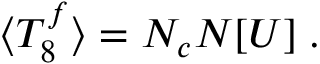
\langle T _ { 8 } ^ { f } \rangle = N _ { c } N [ U ] \; .